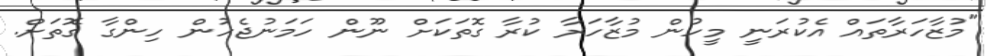
"މުޒާހަރާތައް އެކުރަނީ މީހުން މުޒާހަރާ ކުރާ ގޮތަކަށް ނޫން ހަމަނުޖެހުން ހިންގާ ގޮތަށް.